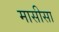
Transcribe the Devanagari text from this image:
मासीसा